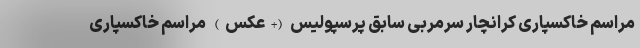
مراسم خاکسپاری کرانچار سرمربی سابق پرسپولیس (+عکس) مراسم خاکسپاری